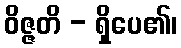
ဝိဇ္ဇတိ - ရှိပေ၏၊